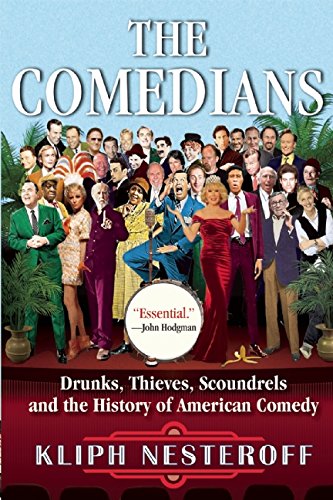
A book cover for The Comedians: Drunks, Thieves, Scoundrels, and the History of American Comedy; Kliph Nesteroff; Humor & Entertainment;